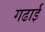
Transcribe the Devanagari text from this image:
गढाई